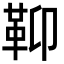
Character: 䩕